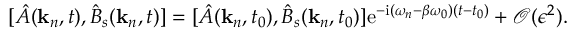
\begin{array} { r } { [ \hat { A } ( \mathbf { k } _ { n } , t ) , \hat { B } _ { s } ( \mathbf { k } _ { n } , t ) ] = [ \hat { A } ( \mathbf { k } _ { n } , t _ { 0 } ) , \hat { B } _ { s } ( \mathbf { k } _ { n } , t _ { 0 } ) ] \mathrm { e } ^ { - \mathrm { i } ( \omega _ { n } - \beta \omega _ { 0 } ) ( t - t _ { 0 } ) } + \mathcal { O } ( \epsilon ^ { 2 } ) . } \end{array}